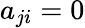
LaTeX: a_{ji}=0